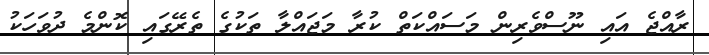
ރާއްޖެ އައި ނޫސްވެރިން މަސައްކަތް ކުރާ މަޖައްލާ ތަކުގެ ތެރޭގައި ކޮންމެ ދުވަހަކު